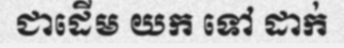
ជាដើម យក ទៅ ដាក់